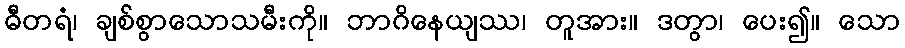
ဓီတရံ၊ ချစ်စွာသောသမီးကို။ ဘာဂိနေယျဿ၊ တူအား။ ဒတွာ၊ ပေး၍။ သော